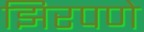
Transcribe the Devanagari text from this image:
झिरपणे